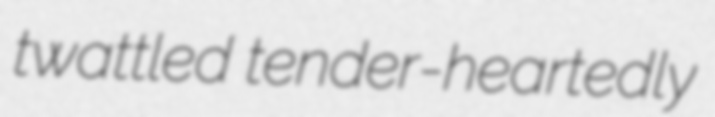
twattled tender-heartedly